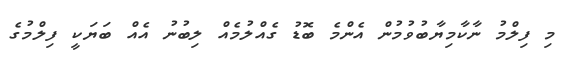
މި ފިލްމު ނާކާމިޔާބުވުމުން އެންމެ ބޮޑު ގެއްލުމެއް ލިބުނު އެއް ބަޔަކީ ފިލްމުގެ